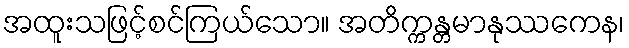
အထူးသဖြင့်စင်ကြယ်သော။ အတိက္ကန္တမာနုဿကေန၊